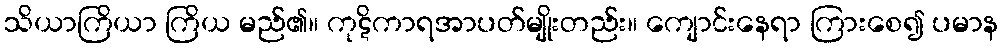
သိယာကြိယာ ကြိယ မည်၏။ ကုဋိကာရအာပတ်မျိုးတည်း။ ကျောင်းနေရာ ကြားစေ၍ ပမာန